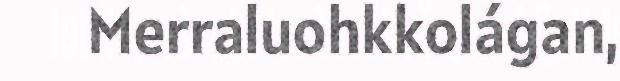
Merraluohkkolágan,